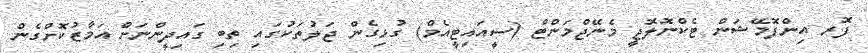
ފޮރ އިންފޮމޭޝަން ޓެކްނޮލޮޖީ މެނޭޖްމަންޓް (ސީއައިޓީއެމް) ގުޅިގެން ޖަލުތަކުގައި ތިބި ގައިދީންނަށް އަމާޒުކޮށްގެން